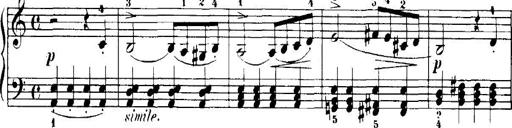
Title: 7 Sonatinas
Composer: Anton Diabelli